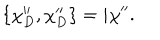
LaTeX: \{ \chi _ { D } ^ { \prime \prime } , \chi _ { D } ^ { \prime \prime } \} = i \chi ^ { \prime \prime } .